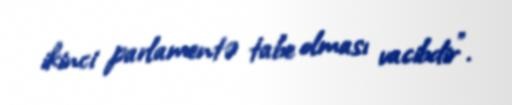
ikinci parlamentə tabe olması vacibdir”.